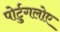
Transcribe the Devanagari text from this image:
पोर्टुगलोए